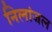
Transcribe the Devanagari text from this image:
निलांजल